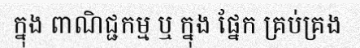
ក្នុង ពាណិជ្ជកម្ម ឬ ក្នុង ផ្នែក គ្រប់គ្រង